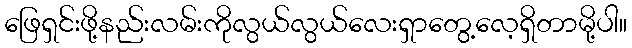
ဖြေရှင်းဖို့နည်းလမ်းကိုလွယ်လွယ်လေးရှာတွေ့လေ့ရှိတာမို့ပါ။